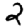
Digit: 2